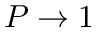
P \to 1